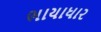
ભાયાધાર